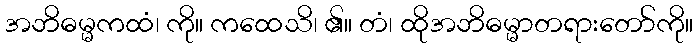
အဘိဓမ္မကထံ၊ ကို။ ကထေသိ၊ ၏။ တံ၊ ထိုအဘိဓမ္မာတရားတော်ကို။